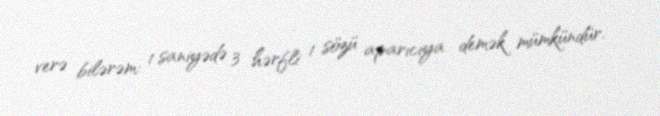
verə bilərəm: 1 saniyədə 3 hərfli 1 sözü aparıcıya demək mümkündür.